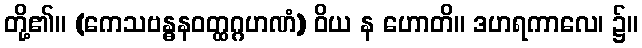
တို့၏။ (ကေသဗန္ဓနဝတ္ထဂ္ဂဟဏံ) ဝိယ န ဟောတိ။ ဒဟရကာလေ၊ ၌။